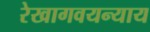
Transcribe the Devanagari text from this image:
रेखागवयन्याय